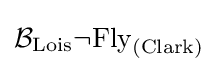
{\mathcal {B}}_{\text{Lois}}\neg {\text{Fly}}_{\text{(Clark)}}